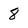
Character: 8